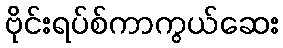
ဗိုင်းရပ်စ်ကာကွယ်ဆေး